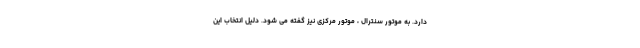
دارد. به موتور سنترال ، موتور مرکزی نیز گفته می شود. دلیل انتخاب این